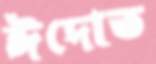
ঈদোত